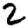
Digit: 2